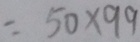
= 5 0 \times 9 9